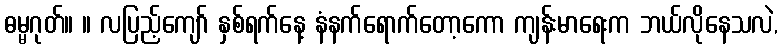
ဓမ္မဂုတ်။ ။ လပြည့်ကျော် နှစ်ရက်နေ့ နံနက်ရောက်တော့ကော ကျန်းမာရေးက ဘယ်လိုနေသလဲ,